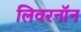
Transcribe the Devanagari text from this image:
लिवरनॉन